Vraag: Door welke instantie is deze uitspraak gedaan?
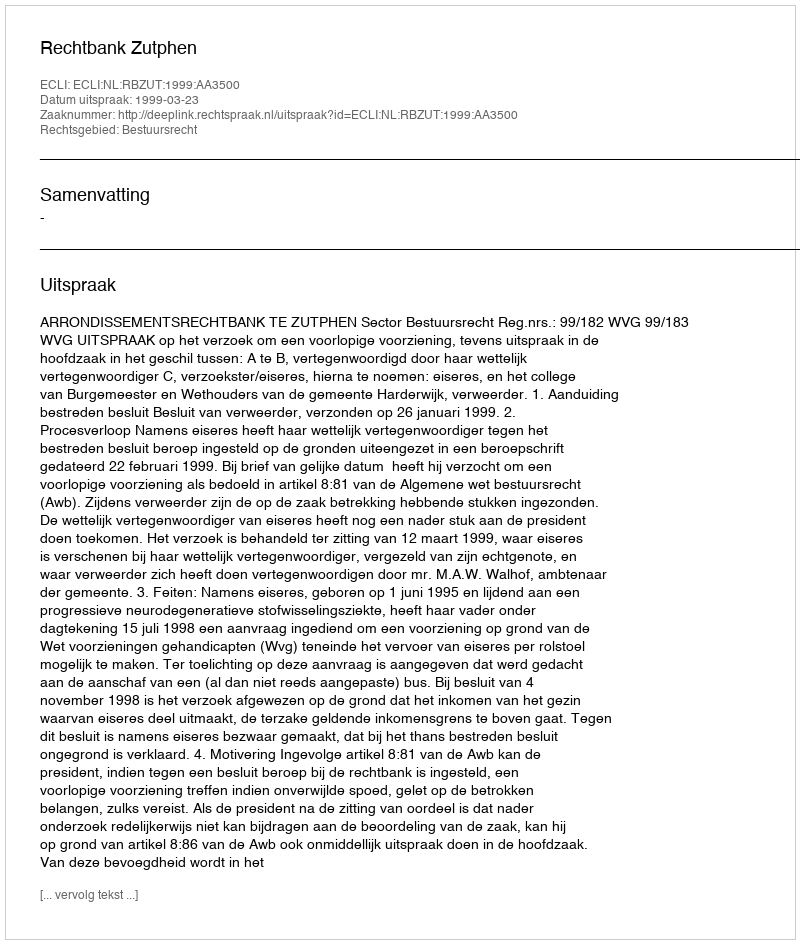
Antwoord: Rechtbank Zutphen